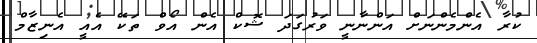
ކުރާ އެންމެންނަށް އަންނާނީ ވަރުގަދަ ޝޮކް އެން އޯވް ތަކޭ އެއީ އެނިޒާމް